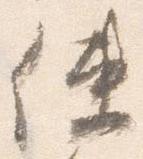
使